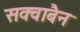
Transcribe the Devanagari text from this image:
सक्वाबैन